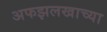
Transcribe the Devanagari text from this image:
अफझलखाच्या